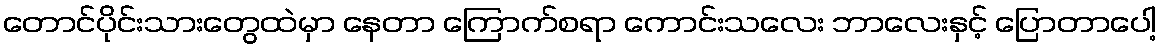
တောင်ပိုင်းသားတွေထဲမှာ နေတာ ကြောက်စရာ ကောင်းသလေး ဘာလေးနှင့် ပြောတာပေါ့